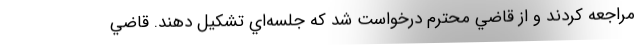
مراجعه كردند و از قاضي محترم درخواست شد كه جلسه‌اي تشكيل دهند. قاضي